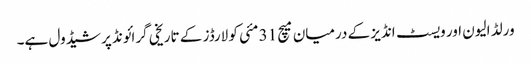
ورلڈ الیون اور ویسٹ انڈیز کے درمیان میچ 31 مئی کو لارڈز کے تاریخی گرائونڈ پر شیڈول ہے۔